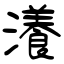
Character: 瀁